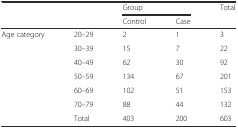
<table><thead><tr><td rowspan="2" colspan="2"></td><td colspan="2"><b>Group</b></td><td rowspan="2"><b>Total</b></td></tr><tr><td><b>Control</b></td><td><b>Case</b></td></tr></thead><tbody><tr><td rowspan="6">Age category</td><td>20–29</td><td>2</td><td>1</td><td>3</td></tr><tr><td>30–39</td><td>15</td><td>7</td><td>22</td></tr><tr><td>40–49</td><td>62</td><td>30</td><td>92</td></tr><tr><td>50–59</td><td>134</td><td>67</td><td>201</td></tr><tr><td>60–69</td><td>102</td><td>51</td><td>153</td></tr><tr><td>70–79</td><td>88</td><td>44</td><td>132</td></tr><tr><td></td><td>Total</td><td>403</td><td>200</td><td>603</td></tr></tbody></table>